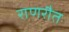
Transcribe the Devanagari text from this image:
राणरौत